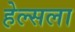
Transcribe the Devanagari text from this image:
हेल्सला